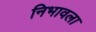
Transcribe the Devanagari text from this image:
निभावला